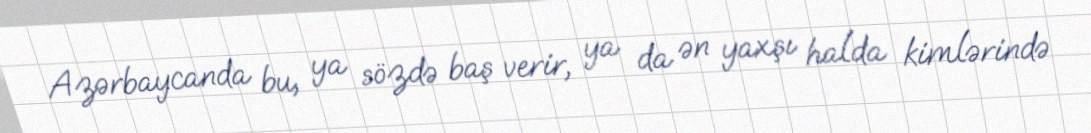
Azərbaycanda bu, ya sözdə baş verir, ya da ən yaxşı halda kimlərində